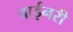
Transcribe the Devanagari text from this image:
वाईनरी